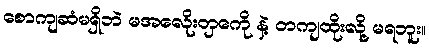
စောကျဆံမရှိဘဲ မအလေိုးတှကေို နဲ့ တကျထိုးလို့ မရဘူး။